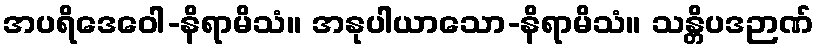
အပရိဒေဝေါ-နိရာမိသံ။ အနုပါယာသော-နိရာမိသံ။ သန္တိပဒဉာဏ်